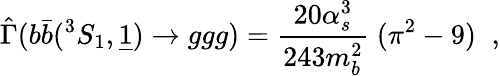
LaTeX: \hat{\Gamma}(b\bar{b}(^{3}S_{1},\underline{{{1}}})\to ggg)=\frac{20\alpha_{s}^{3}}{243m_{b}^{2}}\; (\pi^{2}-9)\; \; ,